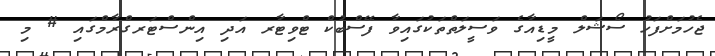
ޖެހުމަށްފަހު ސޯޝަލް މީޑިއާގެ ވަސީލަތްތަކުގައިވާ ފޭސްބުކް ޓްވިޓާރ އަދި އިންސްޓަރގްރާމްގައި # މި